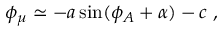
\phi _ { \mu } \simeq - a \sin ( \phi _ { A } + \alpha ) - c \; ,